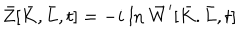
\bar { Z } [ \bar { K } , \bar { L } , t ] = - i \mathrm { ~ l n ~ } \bar { W } ^ { \prime } [ \bar { K } . \bar { L } , t ]